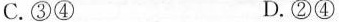
C.③④ D.②④